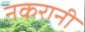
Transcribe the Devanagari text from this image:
नकरानी